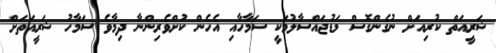
ޝަރީއަތް ކުރިއަށް ނުގެންގޮސް މަޑުޖައްސާލުމަކީ ސަމާހާއި އެހެން ކުށްވެރިންނާ ދިމާވެ ސަމާހު ޝަރީއަތަށް